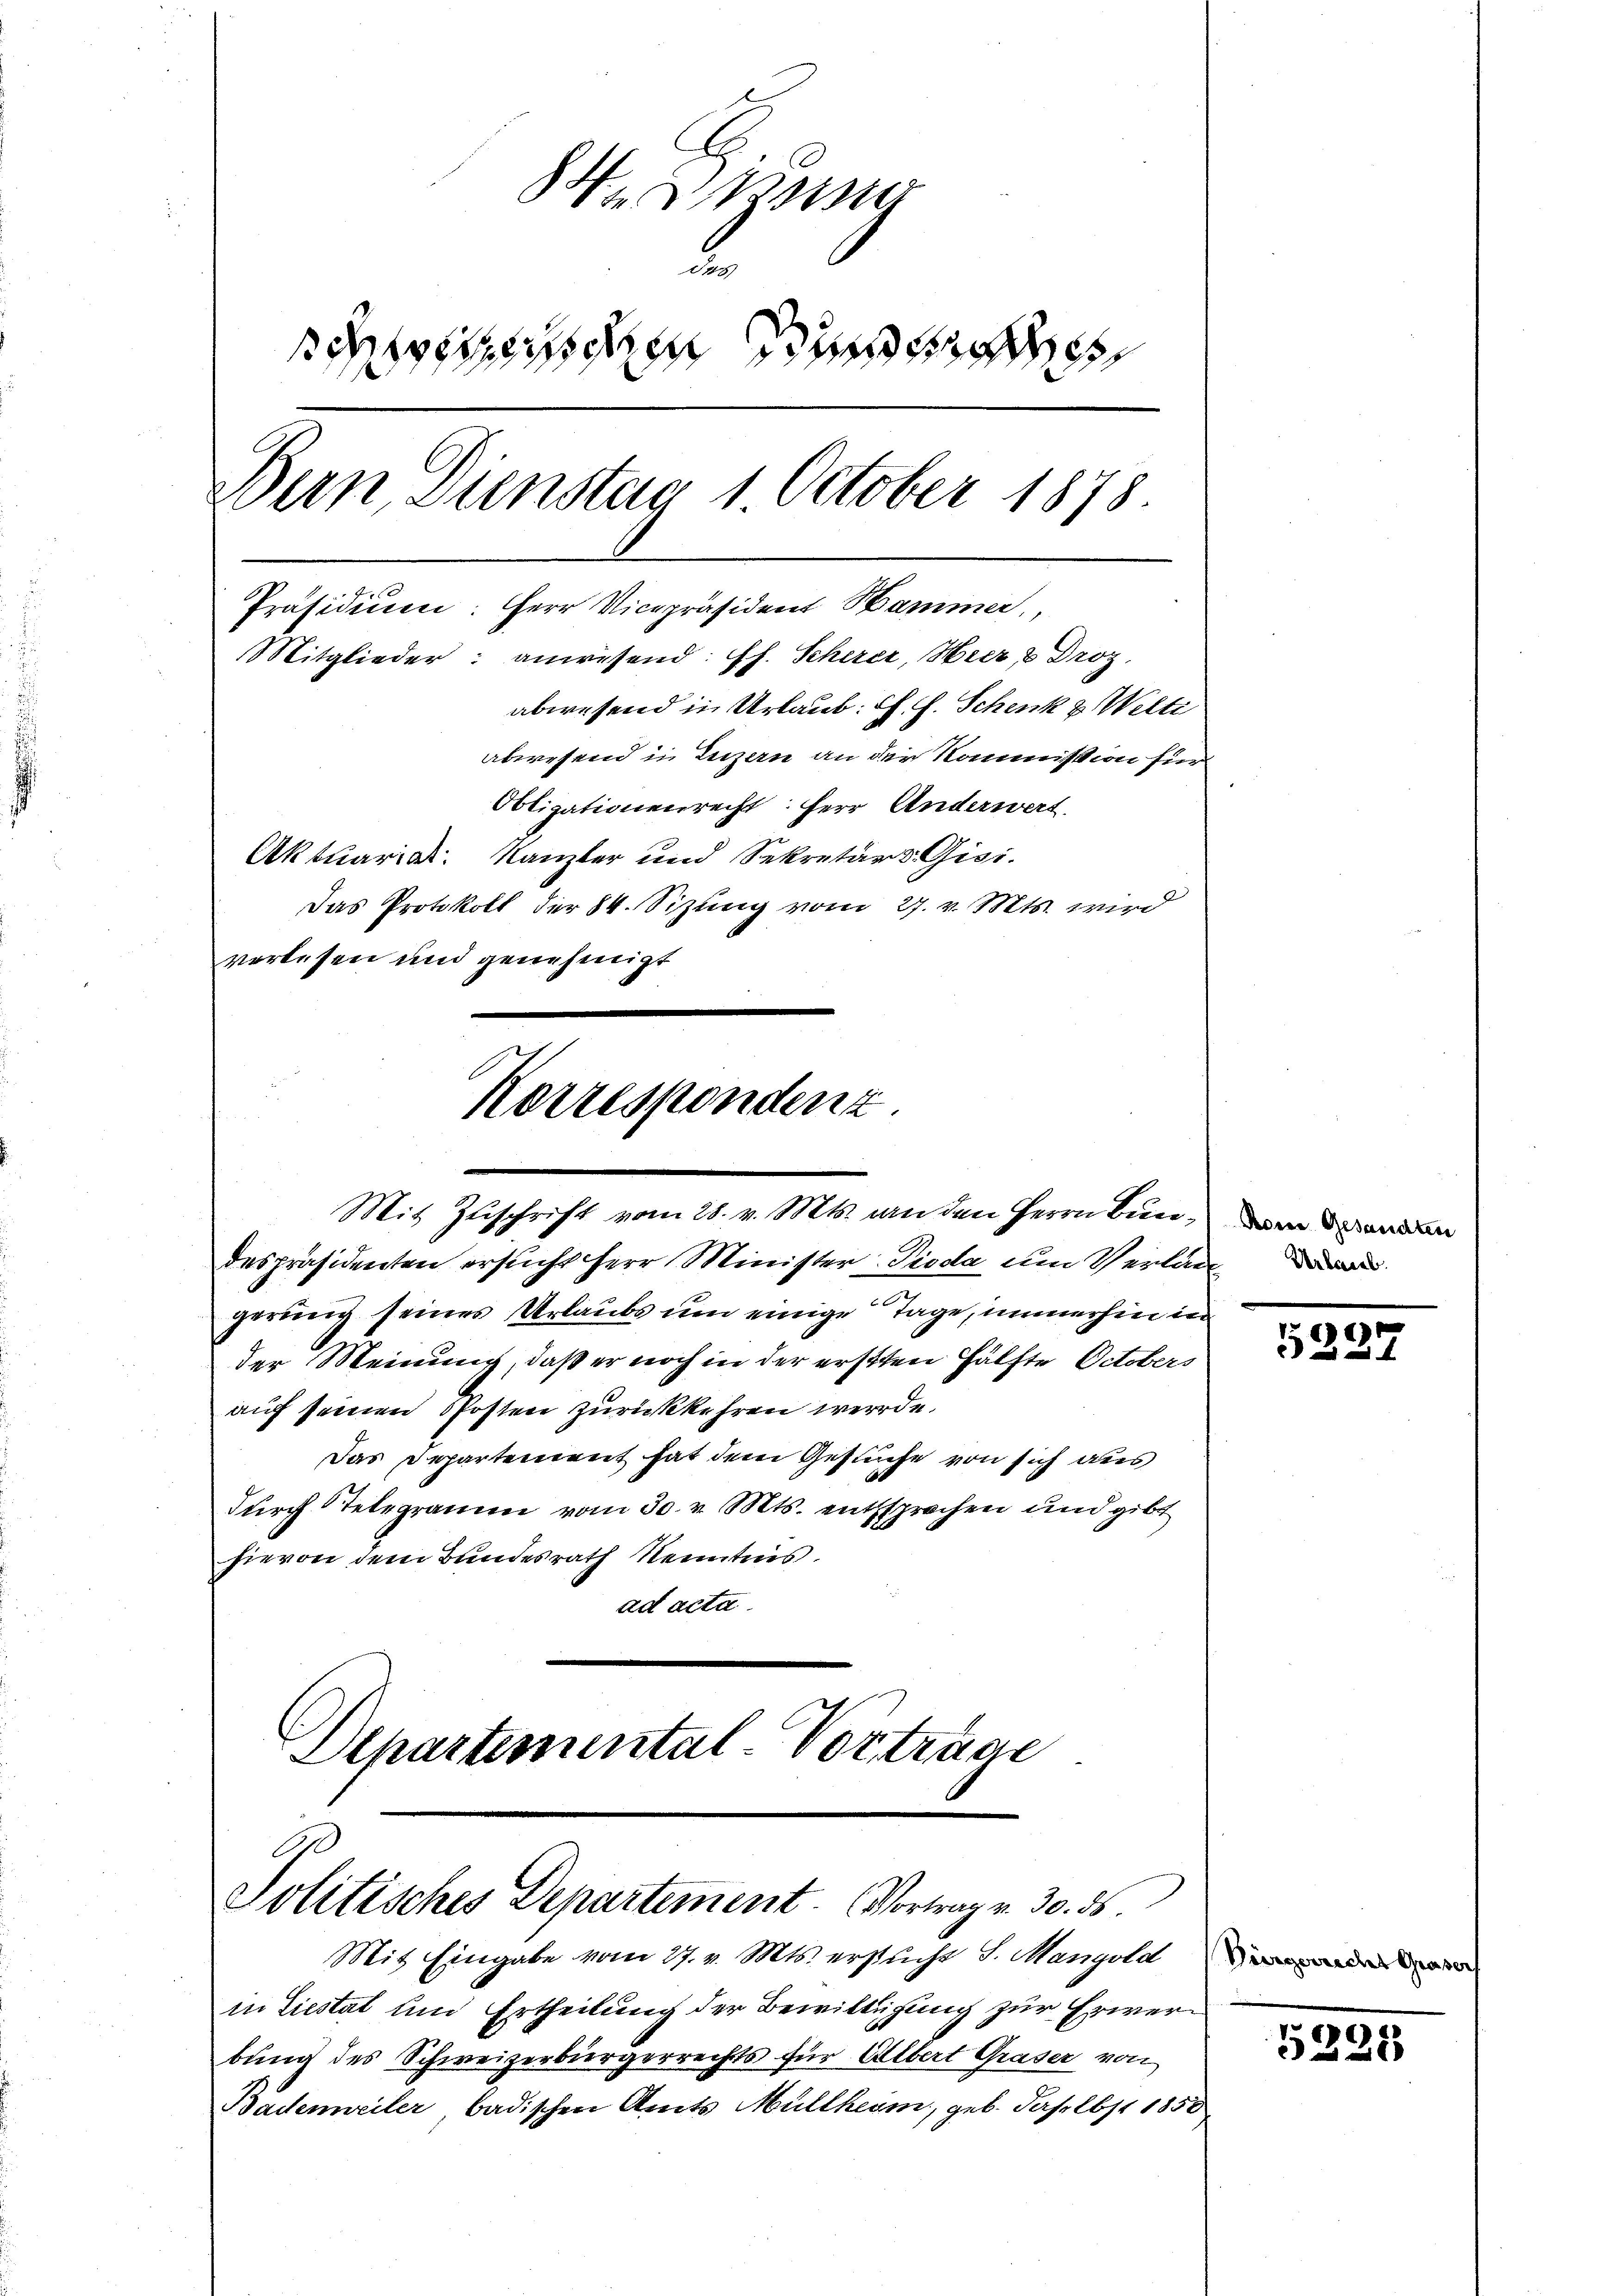
s
2.
Bestehen und ande
Dern, Dienstag 1 October 1878.
Präsidium. Herr Vicepräsident Hammer,
Mitglieder: anwesend: Pf. Scherer, Hier & Droz.
abwesend in Urlaub. Ch. F. Schenk & Welti
abwesend in Luzern an der Kommission für
Obligationenrecht: Herr Anderwert
Aktuariat. Kanzler und Sekretär v. Gisi-
Das Protokoll der 84. Sizung vom 27. v. Mts. wird
verlesen und genehmigt

Korrespondenz
Mit Zuschrift vom 28. v. Mts. an den Herrn Bun¬

despräsidenten ersucht herr Minister Pioda um Verland
gerung seines Urlaubs um einige Tage, immerhin in
der Meinung, daß er noch in der ersten Hälfte Octobers
auf seinen Posten zurückkehren werde.
Das Departement hat dem Gesuche von sich aus
durch Stelegramm vom 30. v. Mts. entsprochen und gibt
hievon dem Bundesrath Kenntnis.
ad acta
Departemental-Vortrage

Politisches Departement. Vortrag v. 30. 56.

Mit Eingabe vom 27. v. Mts. ersucht S. Mangolde
in Liestat und Ertheilung der Bewilligung zur Erwerbung des Schweizerbürgerrechts für Albert Graser von
Badenweiler badischen Amts Müllheim, geb. daselbst 1858

Rorne Gesandten

5227

5228